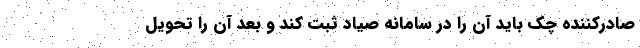
صادرکننده چک باید آن را در سامانه صیاد ثبت کند و بعد آن را تحویل